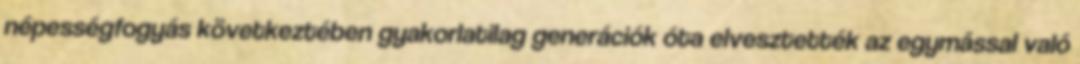
népességfogyás következtében gyakorlatilag generációk óta elvesztették az egymással való